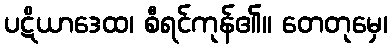
ပဋိယာဒေထ၊ စီရင်ကုန်၏။ တေတုမှေ၊